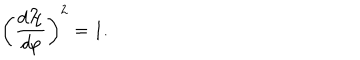
LaTeX: \left( \frac { d { \cal H } } { d p } \right) ^ { 2 } = 1 .